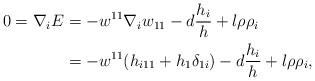
LaTeX: \begin{align*}0=\nabla_{i}E&=-w^{11}\nabla_{i}w_{11}-d\frac{h_{i}}{h}+l\rho\rho_{i}\\&=-w^{11}(h_{i11}+h_{1}\delta_{1i})-d\frac{h_{i}}{h}+l\rho\rho_{i},\end{align*}